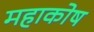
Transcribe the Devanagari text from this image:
महाकोष